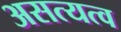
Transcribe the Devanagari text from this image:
असत्यत्व